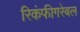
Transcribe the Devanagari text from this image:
रिकंफीगरेबल